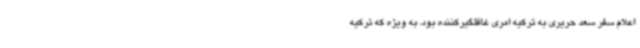
اعلام سفر سعد حریری به ترکیه امری غافلگیرکننده بود، به ویژه که ترکیه